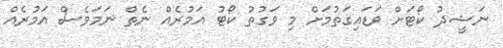
ނަޝީދު ކޯޓަށް ވަޑައިގަތުމަށް މި ވަގުތު ކޯޓު އަމުރެއް ނެތް ނަމަވެސް އަމުރެއް